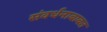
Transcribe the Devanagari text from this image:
संवर्धनाबाबत